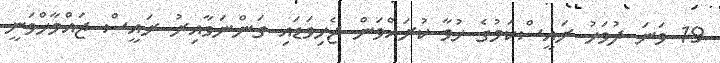
19 ވަނަ ދުވަހު ރައީސްކަމުގެ ހުވާ ކުރައްވަން ޖެހިވަޑައި ގަންނަވާއިރު ރައީސް ޖައްމާހްވަނީ